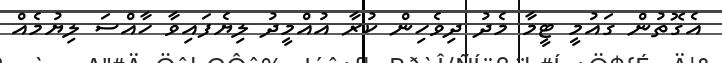
އެގޮތުން ގައުމީ ޓީމާ މެދު ދިވެހިން ކުރާ އުއްމީދު ލިޔެފައިވާ ހާއްސަ ލިޔުމެއް